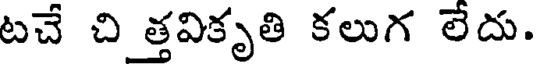
టచే చి త్తవికృతి కలుగ లేదు.